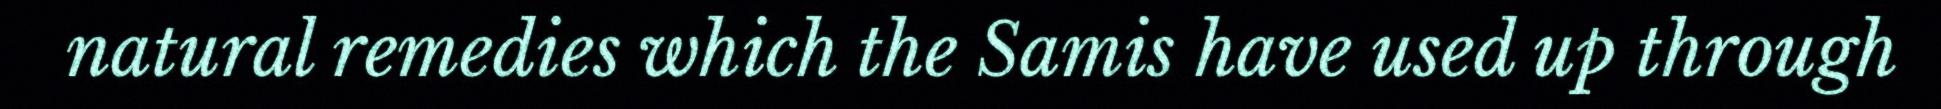
natural remedies which the Samis have used up through